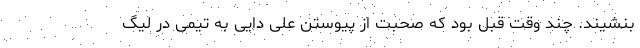
بنشیند. چند وقت قبل بود که صحبت از پیوستن علی دایی به تیمی در لیگ